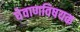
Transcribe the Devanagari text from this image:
घेवाणविषयक